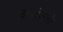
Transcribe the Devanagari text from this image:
इज़ित्सो